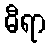
ဓီရာ